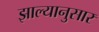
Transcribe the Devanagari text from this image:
झाल्यानुसार